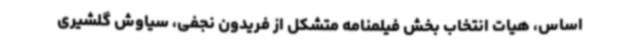
اساس، هیات انتخاب بخش فیلمنامه متشکل از فریدون نجفی، سیاوش گلشیری